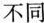
不同